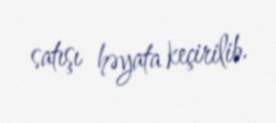
satışı həyata keçirilib.